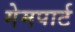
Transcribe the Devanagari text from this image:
गेमपार्ट